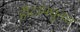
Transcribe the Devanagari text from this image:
हीटामधूनच